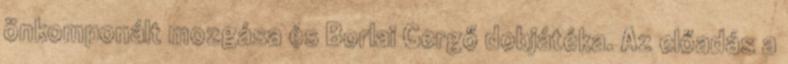
önkomponált mozgása és Borlai Gergő dobjátéka. Az előadás a